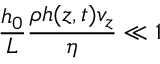
\frac { h _ { 0 } } { L } \frac { \rho h ( z , t ) v _ { z } } { \eta } \ll 1